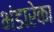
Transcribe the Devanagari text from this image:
भंडारेका